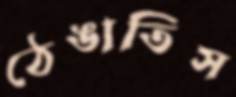
ঠেঙাতিস